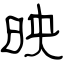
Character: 映